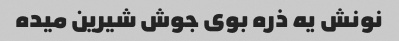
نونش یه ذره بوی جوش شیرین میده